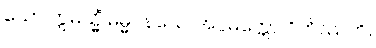
ယော ဣမသ္မိံ ဓမ္မဝိနယေ၊ အပ္ပမတ္တော ဝိဟိဿတိ။